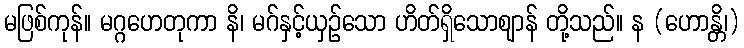
မဖြစ်ကုန်။ မဂ္ဂဟေတုကာ နိ၊ မဂ်နှင့်ယှဉ်သော ဟိတ်ရှိသောဈာန် တို့သည်။ န (ဟောန္တိ၊)